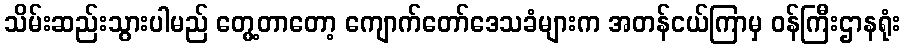
သိမ်းဆည်းသွားပါမည် တွေ့တာတော့ ကျောက်တော်ဒေသခံများက အတန်ငယ်ကြာမှ ဝန်ကြီးဌာနရုံး